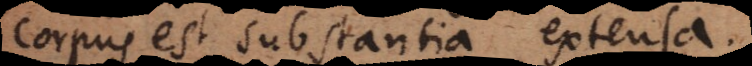
corpus est substantia extensa.